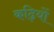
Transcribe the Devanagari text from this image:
कढ़ियों